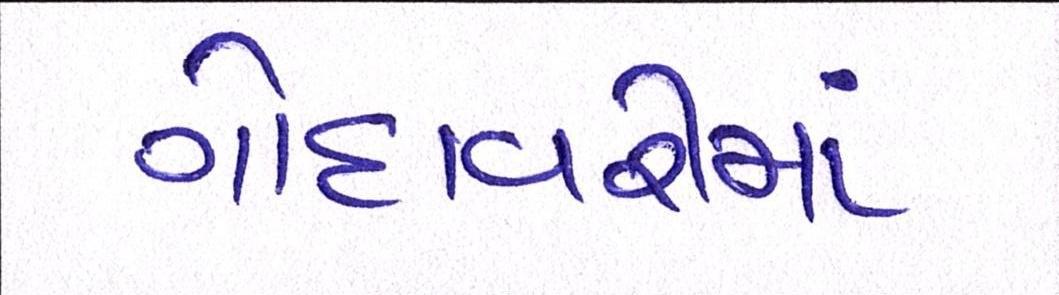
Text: ગોદાવરીમાં